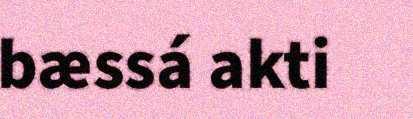
bæssá akti